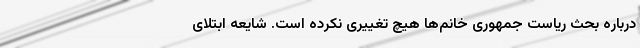
درباره بحث ریاست جمهوری خانم‌ها هیچ تغییری نکرده است. شایعه ابتلای